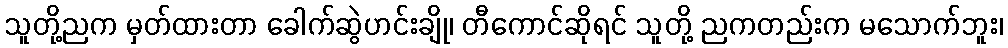
သူတို့ညက မှတ်ထားတာ ခေါက်ဆွဲဟင်းချို၊ တီကောင်ဆိုရင် သူတို့ ညကတည်းက မသောက်ဘူး၊